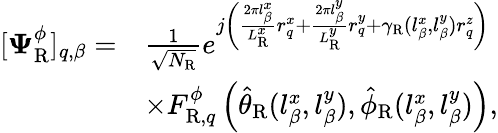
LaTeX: \begin{array}{rl}{[\boldsymbol{\Psi}_{\mathrm{R}}^{\phi}]_{q,\beta}=}&{\frac{1}{\sqrt{N_{\mathrm{R}}}}e^{j\left(\frac{2\pi l_{\beta}^{x}}{L_{\mathrm{R}}^{x}}r_{q}^{x}+\frac{2\pi l_{\beta}^{y}}{L_{\mathrm{R}}^{y}}r_{q}^{y}+\gamma_{\mathrm{R}}(l_{\beta}^{x},l_{\beta}^{y})r_{q}^{z}\right)}}\\ &{\times F_{\mathrm{R},q}^{\phi}\left(\hat{\theta}_{\mathrm{R}}(l_{\beta}^{x},l_{\beta}^{y}),\hat{\phi}_{\mathrm{R}}(l_{\beta}^{x},l_{\beta}^{y})\right),}\end{array}